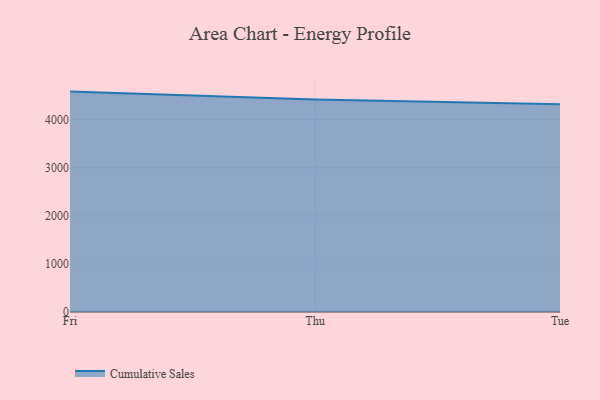
{"axis": {"x": "Day", "y": "Satisfaction Score"}, "legend": ["Cumulative Sales"], "data": [{"x": "Fri", "y": 4582.1, "type": "Cumulative Sales"}, {"x": "Thu", "y": 4418.5, "type": "Cumulative Sales"}, {"x": "Tue", "y": 4319.9, "type": "Cumulative Sales"}]}